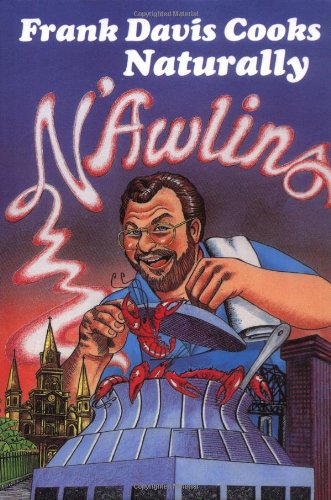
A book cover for Frank Davis Cooks Naturally N'Awlins; Frank Davis; Cookbooks, Food & Wine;